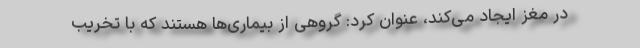
در مغز ایجاد می‌کند، عنوان کرد: گروهی از بیماری‌ها هستند که با تخریب